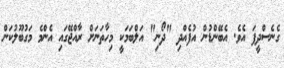
ގެނެސްދީފަ އެވެ. އެބޭންޑުން އުފެއްދި "ދޯނި" އަލްބަމަކީ މިހާތަނަށް ރާއްޖޭގައި އެންމެ މަގުބޫލުކަން